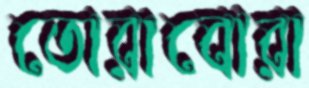
তোরাবোরা